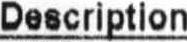
DESCRIPTION